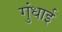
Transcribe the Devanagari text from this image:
गुंधाई